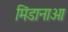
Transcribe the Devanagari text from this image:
मिंडानाओ